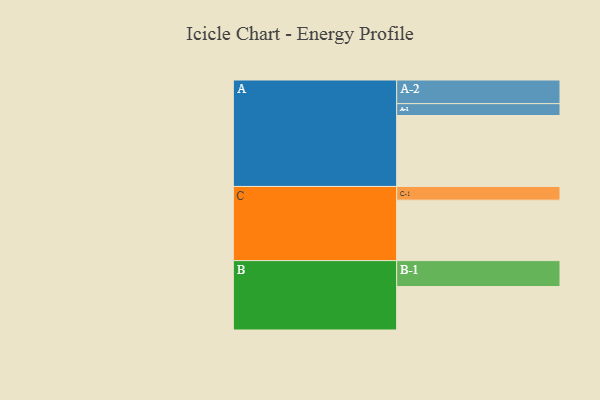
{"axis": {"x": "Segment", "y": "Value"}, "legend": ["", "A", "B", "C"], "data": [{"x": "A", "y": 549, "type": ""}, {"x": "B", "y": 336, "type": ""}, {"x": "C", "y": 468, "type": ""}, {"x": "A-1", "y": 92, "type": "A"}, {"x": "A-2", "y": 183, "type": "A"}, {"x": "B-1", "y": 201, "type": "B"}, {"x": "C-1", "y": 106, "type": "C"}]}